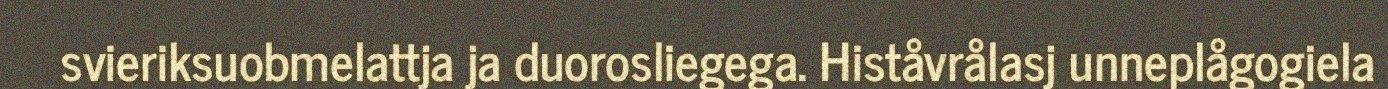
svieriksuobmelattja ja duorosliegega. Histåvrålasj unneplågogiela